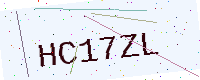
Text: HC17ZL